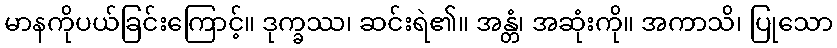
မာနကိုပယ်ခြင်းကြောင့်။ ဒုက္ခဿ၊ ဆင်းရဲ၏။ အန္တံ၊ အဆုံးကို။ အကာသိ၊ ပြုသော